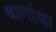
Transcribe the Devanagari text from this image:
श्वानांचा